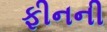
ફીનની